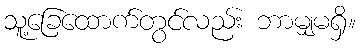
သူ့ခြေထောက်တွင်လည်း ဘာမျှမရှိ။